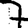
Digit: 7